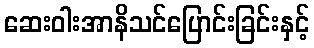
ဆေးဝါးအာနိသင်ပြောင်းခြင်းနှင့်